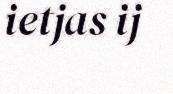
ietjas ij